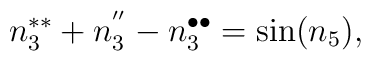
n_{3}^{\ast \ast }+n_{3}^{^{\prime \prime }}-n_{3}^{\bullet \bullet }=\sin(n_{5}),